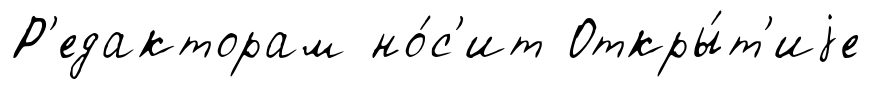
Р'едакторам но́с'ит Откры́т'иjе